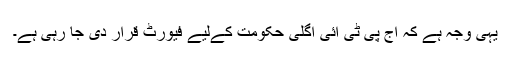
یہی وجہ ہے کہ آج پی ٹی آئی اگلی حکومت کےلیے فیورٹ قرار دی جا رہی ہے۔